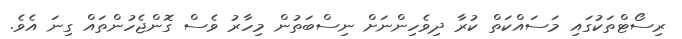
ރިސޯޓްތަކުގައި މަސައްކަތް ކުރާ ދިވެހިންނަށް ނިސްބަތުން މިހާރު ވެސް ގޮންޖެހުންތައް ގިނަ އެވެ.